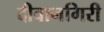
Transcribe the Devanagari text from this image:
दीवानगिरी